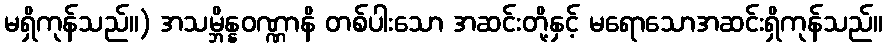
မရှိကုန်သည်။) အသမ္ဘိန္နဝဏ္ဏာနိ တစ်ပါးသော အဆင်းတို့နှင့် မရောသောအဆင်းရှိကုန်သည်။